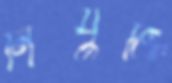
নিযুক্তি